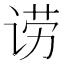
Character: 𬣿